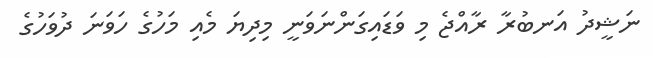
ނަޝީދު އަނބުރާ ރާއްޖެ މި ވަޑައިގަންނަވަނީ މިދިޔަ މެއި މަހުގެ ހަވަނަ ދުވަހުގެ